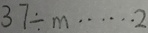
3 7 \div m \cdots 2